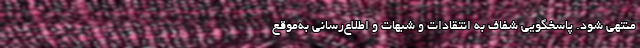
منتهی شود. پاسخگویی شفاف به انتقادات و شبهات و اطلاع‌رسانی به‌موقع